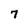
Character: 7